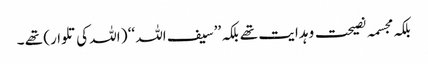
بلکہ مجسمہ نصیحت و ہدایت تھے بلکہ ’’سیف اللہ ‘‘ ( اللہ کی تلوار) تھے ۔